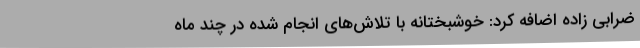
ضرابی زاده اضافه کرد: خوشبختانه با تلاش‌های انجام شده در چند ماه‌